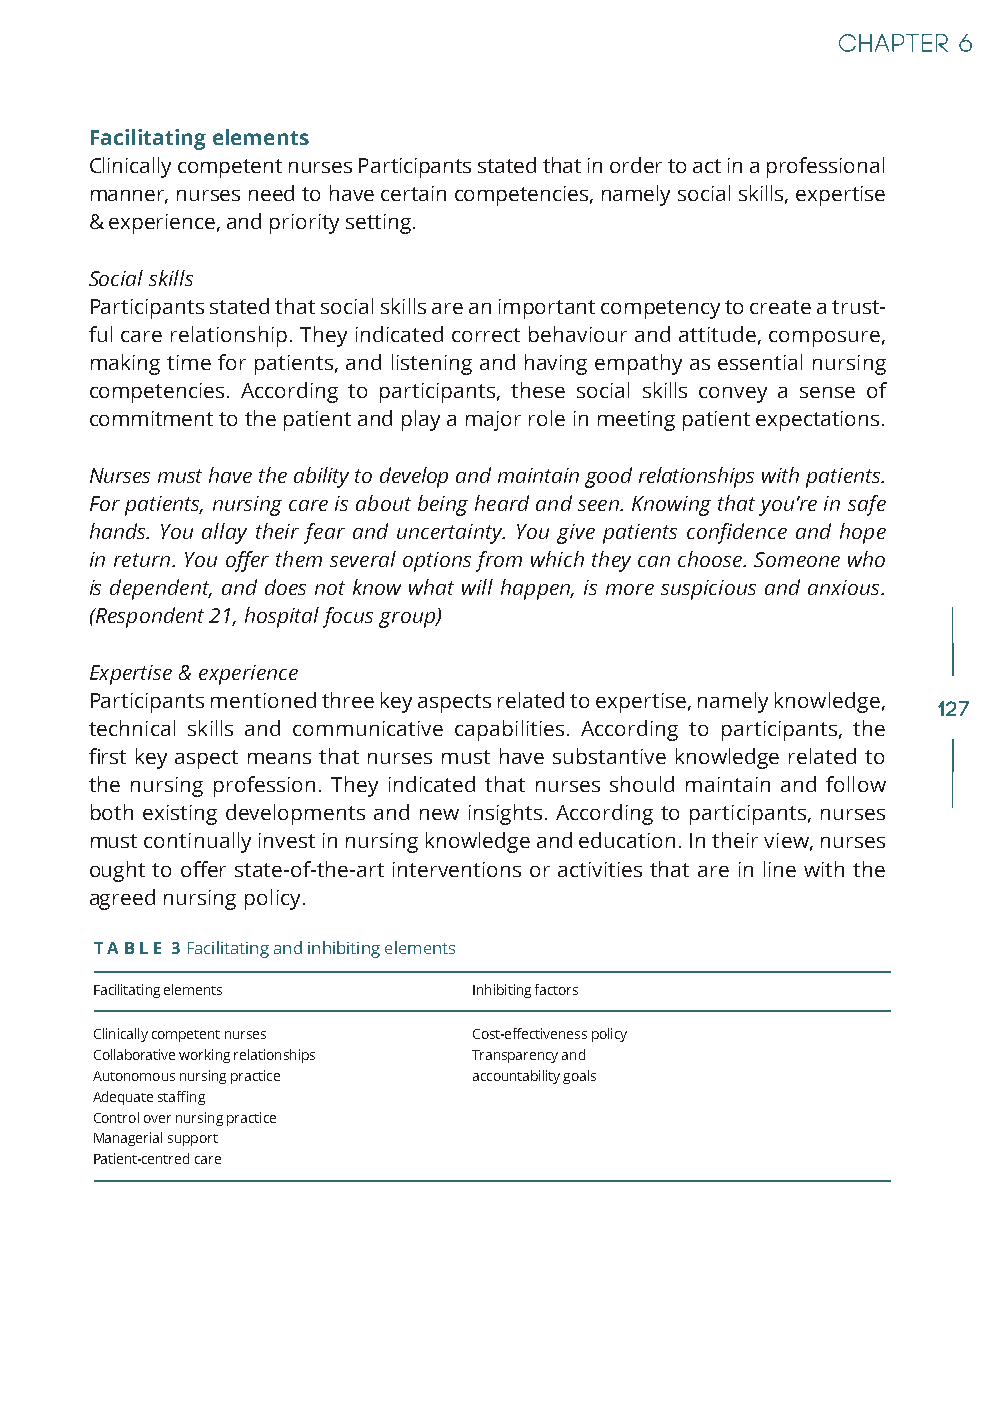
Facilitating elements
 Clinically competent nurses Participants stated that in order to act in a professional
 manner, nurses need to have certain competencies, namely social skills, expertise
 & experience, and priority setting.
 Social skills
 Participants stated that social skills are an important competency to create a trust-
 ful care relationship. They indicated correct behaviour and attitude, composure,
 making time for patients, and listening and having empathy as essential nursing
 competencies. According to participants, these social skills convey a sense of
 commitment to the patient and play a major role in meeting patient expectations.
 Nurses must have the ability to develop and maintain good relationships with patients.
 For patients, nursing care is about being heard and seen. Knowing that you’re in safe
 hands. You allay their fear and uncertainty. You give patients confidence and hope
 in return. You offer them several options from which they can choose. Someone who
 is dependent, and does not know what will happen, is more suspicious and anxious.
 (Respondent 21, hospital focus group)
 Expertise & experience
 Participants mentioned three key aspects related to expertise, namely knowledge,
 127
 technical skills and communicative capabilities. According to participants, the
 first key aspect means that nurses must have substantive knowledge related to
 the nursing profession. They indicated that nurses should maintain and follow
 both existing developments and new insights. According to participants, nurses
 must continually invest in nursing knowledge and education. In their view, nurses
 ought to offer state-of-the-art interventions or activities that are in line with the
 agreed nursing policy.
 T A B L E 3 Facilitating and inhibiting elements
 Facilitating elements    Inhibiting factors
 Clinically competent nurses Cost-effectiveness policy
 Collaborative working relationships Transparency and
 Autonomous nursing practice accountability goals
 Adequate staffing
 Control over nursing practice
 Managerial support
 Patient-centred care